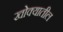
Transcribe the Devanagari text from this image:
खोक्यातील